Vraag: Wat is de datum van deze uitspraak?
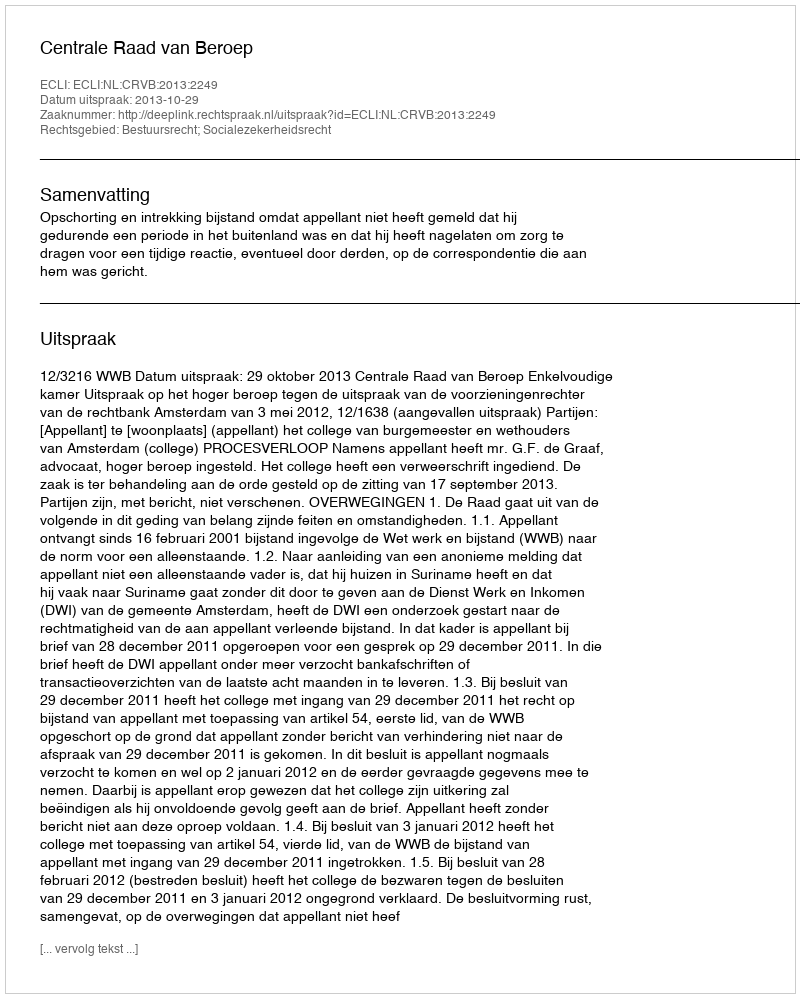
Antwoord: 2013-10-29